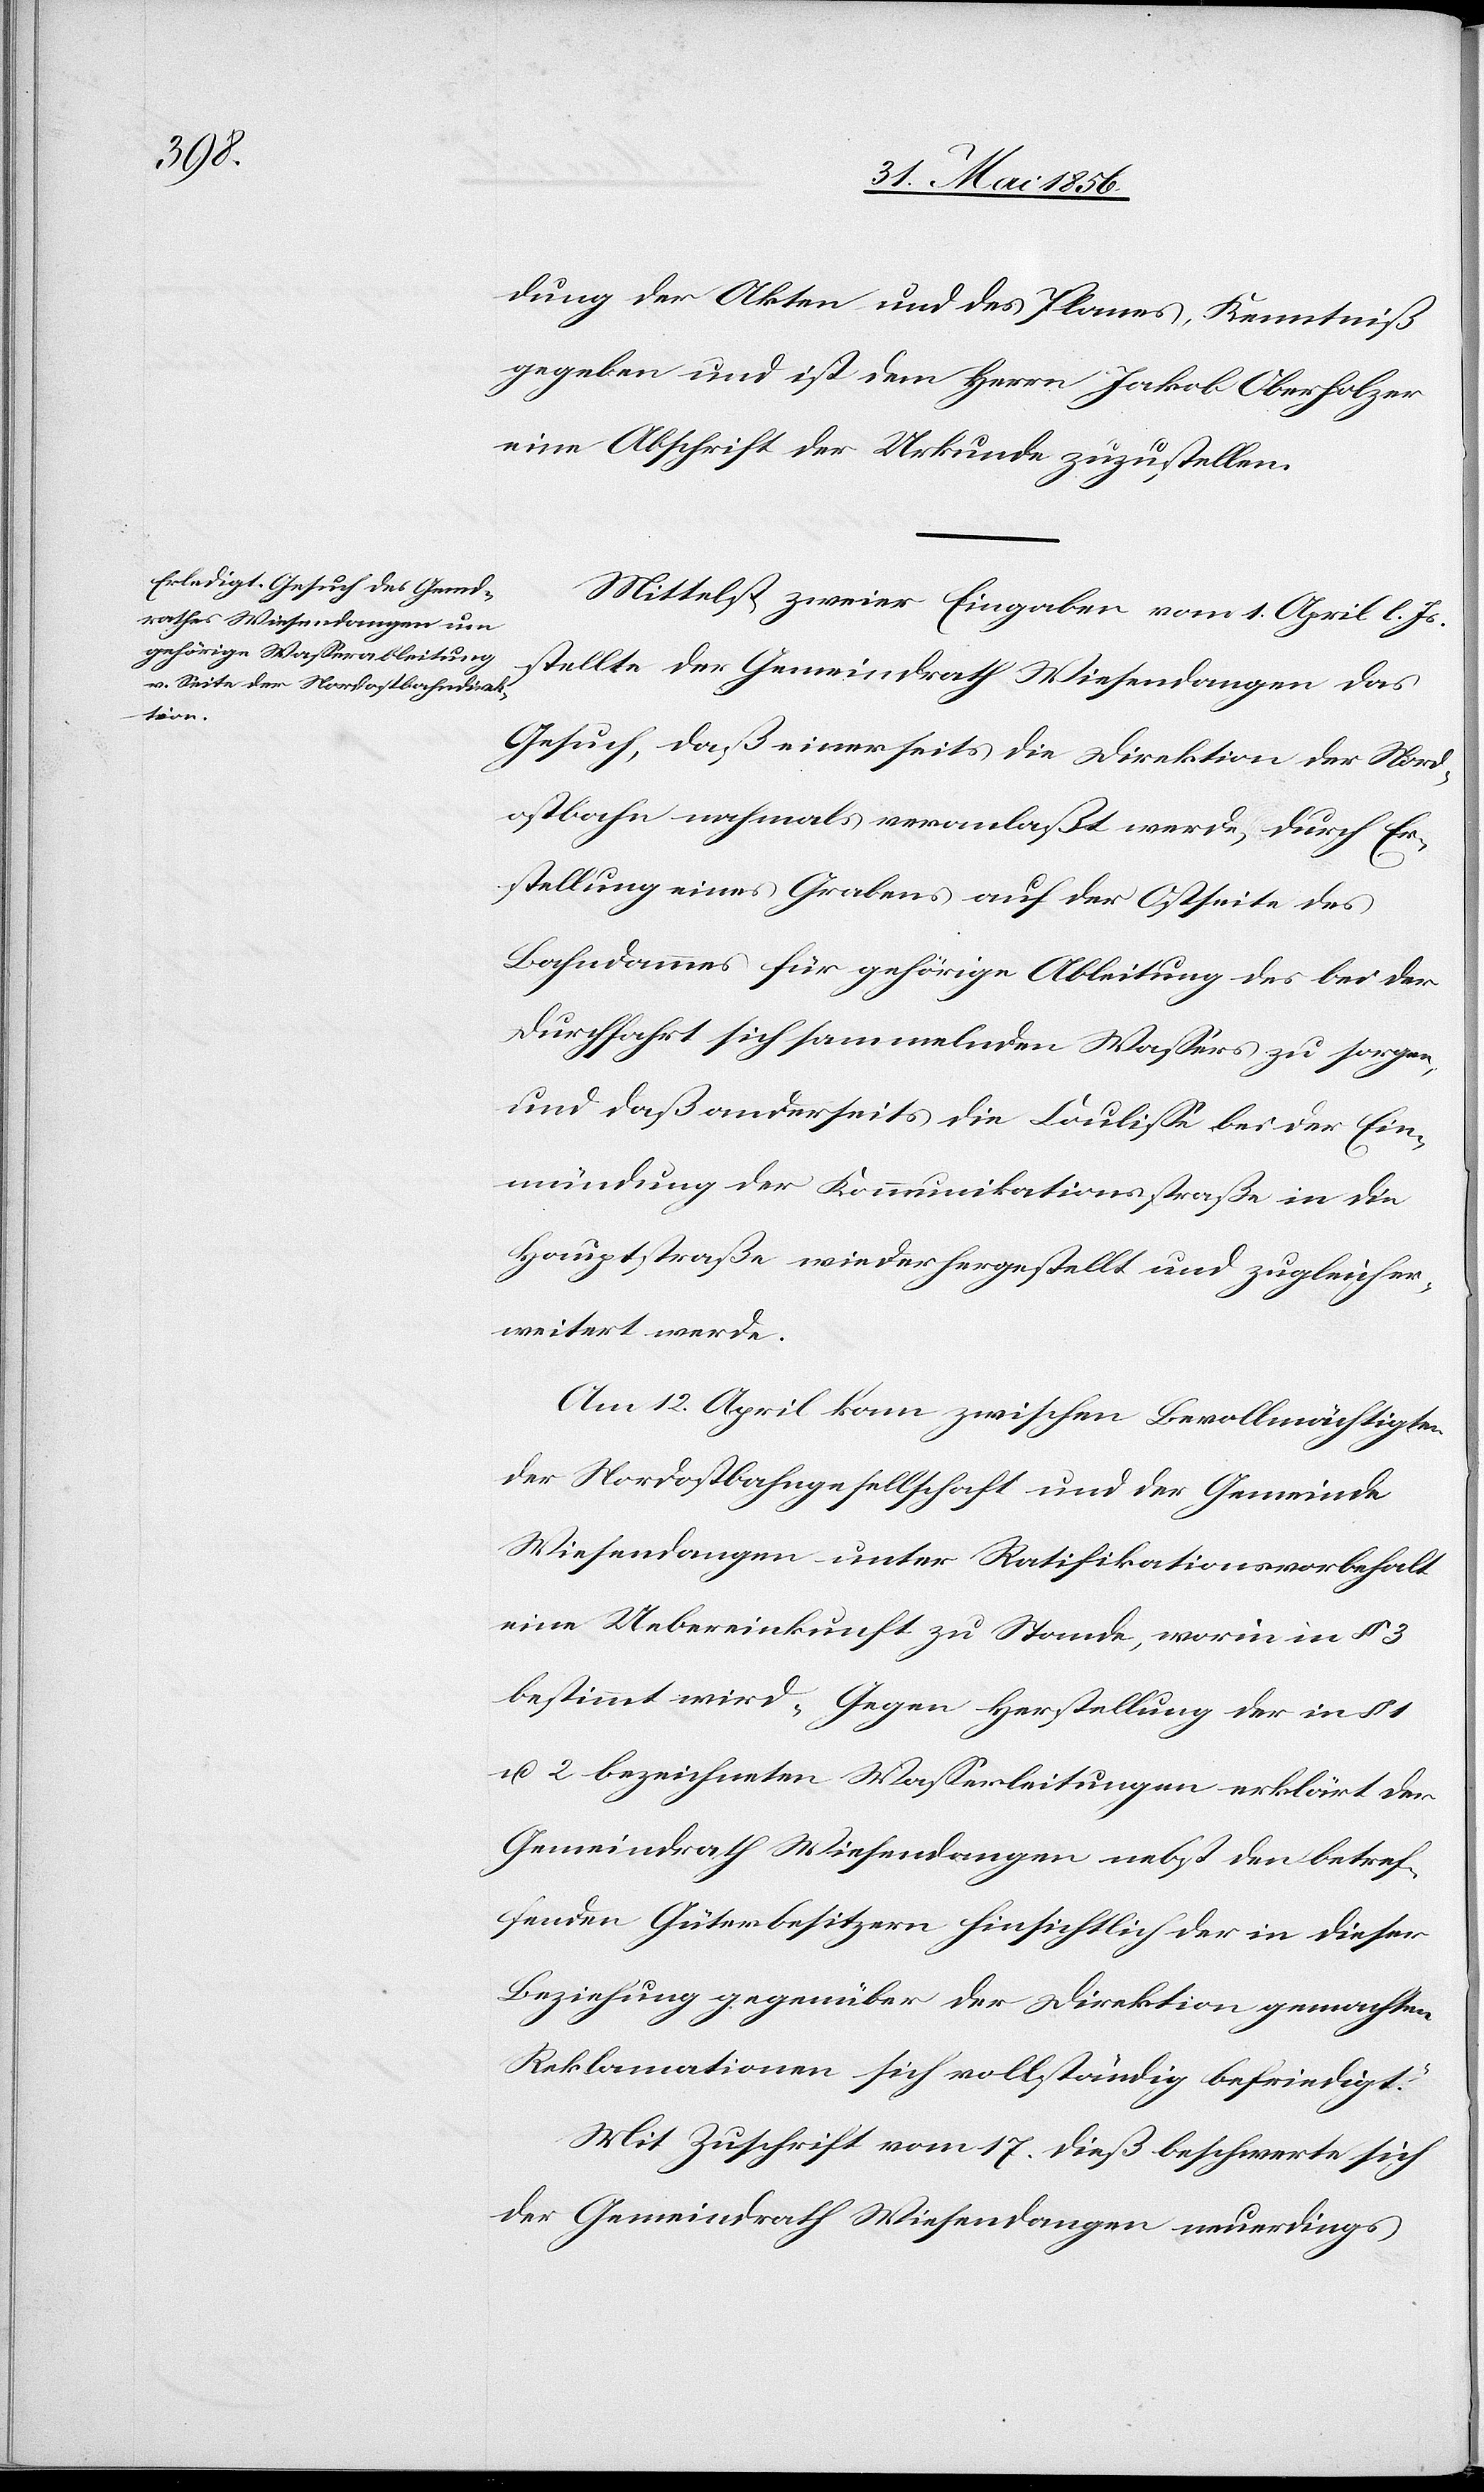
dung der Akten und des Planes, Kenntniß
gegeben und ist dem Herrn Jakob Oberholzer
eine Abschrift der Urkunde zuzustellen.
Mittelst zweier Eingaben vom 1. April l. Js
stellte der Gemeindrath Wiesendangen das
Gesuch, daß einerseits die Direktion der Nord¬
ostbahn nochmals veranlaßt werde, durch Er¬
stellung eines Grabens auf der Ostseite des
Bahndammes für gehörige Ableitung des bei der
Durchfahrt sich sammelnden Wassers zu sorgen,
und daß anderseits die Coulisse bei der Ein¬
mündung der Kommunikationsstraße in die
Hauptstraße wiederhergestellt und zugleich er¬
weitert werde.
Am 12. April kam zwischen Bevollmächtigten
der Nordostbahngesellschaft und der Gemeinde
Wiesendangen unter Ratifikationsvorbehalt
eine Uebereinkunft zu Stande, worin in § 3
bestimmt wird „Gegen Herstellung der in §
u. 2 bezeichneten Wasserleitungen erklärt der
Gemeindrath Wiesendangen nebst den betref¬
fenden Güterbesitzern hinsichtlich der in dieser
Beziehung gegenüber der Direktion gemachten
Reklamationen sich vollständig befriedigt.“
Mit Zuschrift vom 17. dieß beschwerte sich
der Gemeindrath Wiesendangen neuerdings